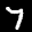
Label: 7